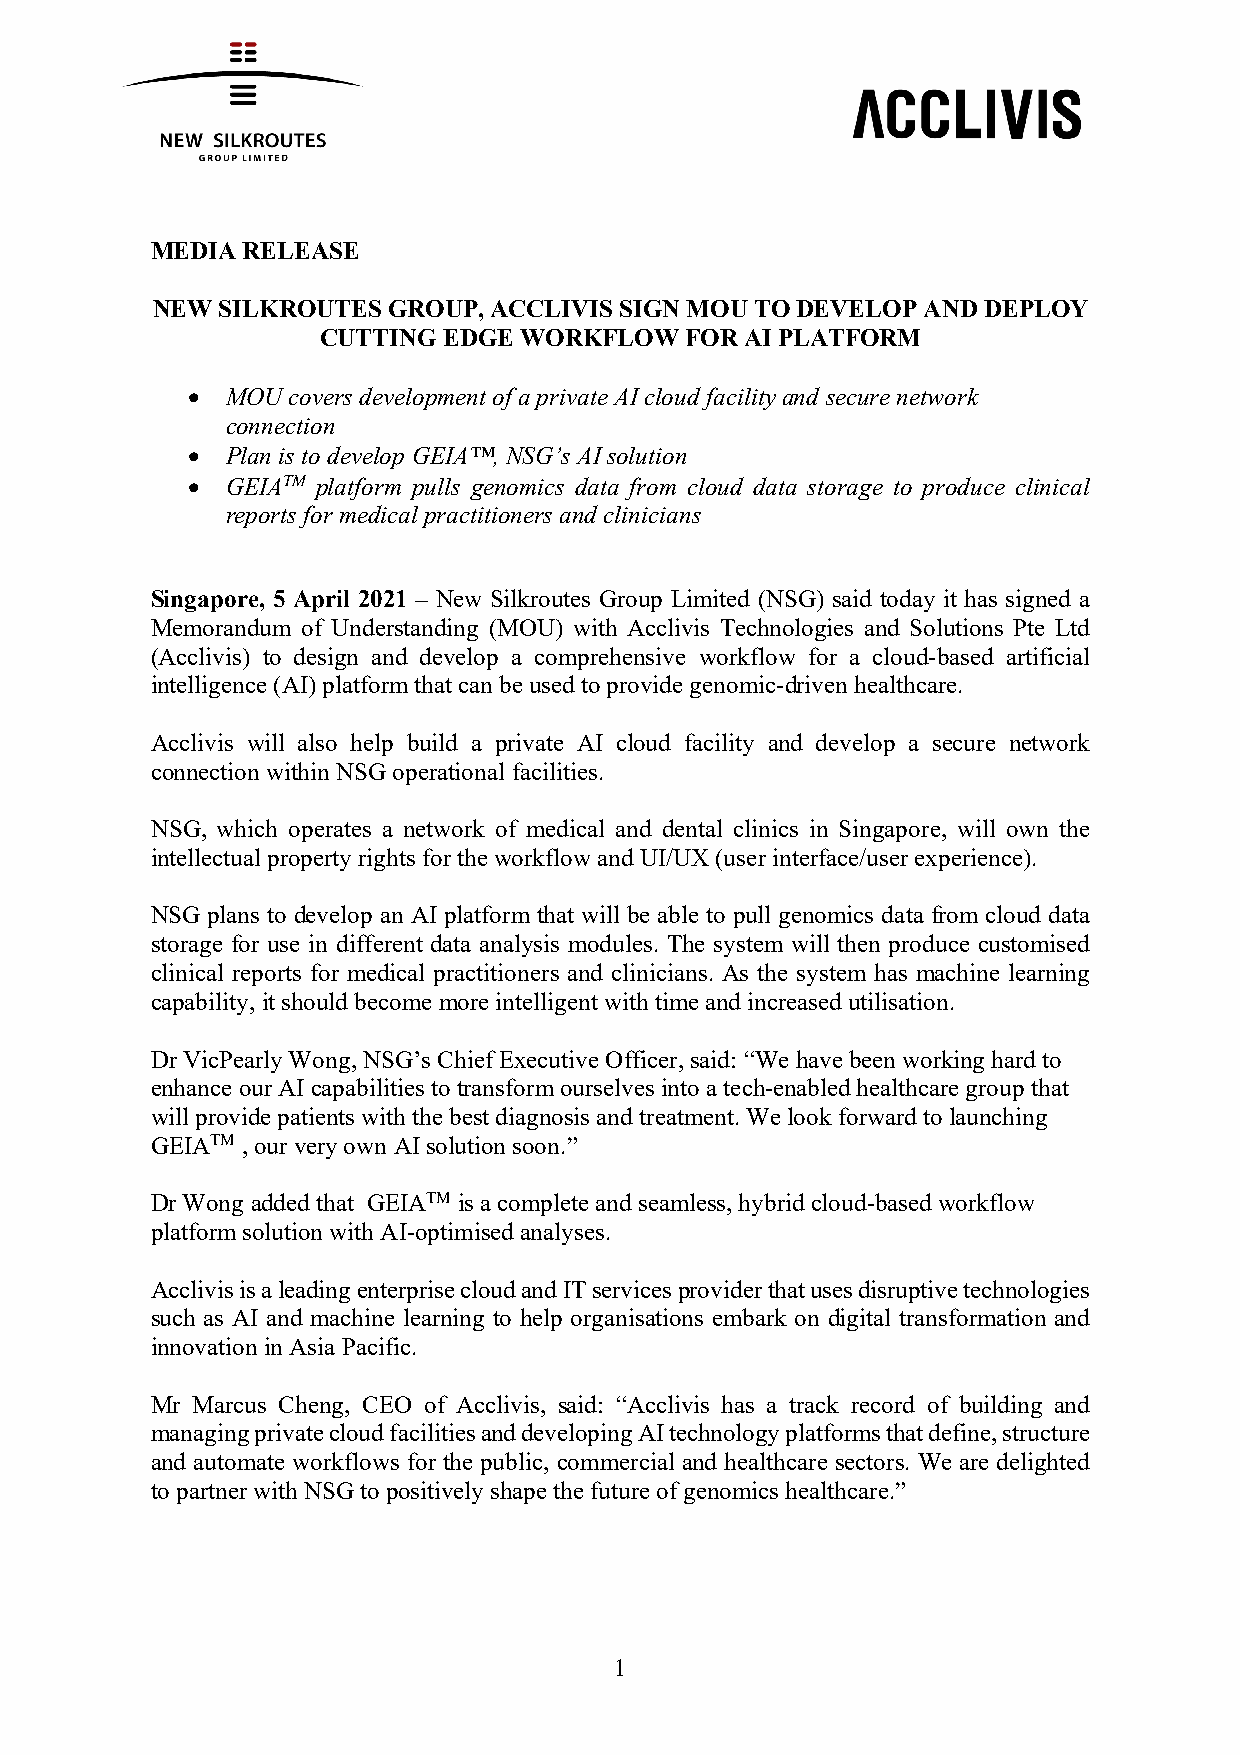
MEDIA RELEASE
 NEW SILKROUTES  GROUP, ACCLIVIS SIGN MOU TO DEVELOP AND DEPLOY
 CUTTING EDGE WORKFLOW   FOR AI PLATFORM
 •  MOU covers development of a private AI cloud facility and secure network
 connection
 •  Plan is to develop GEIA™, NSG’s AI solution
 •  GEIATM platform pulls genomics data from cloud data storage to produce clinical
 reports for medical practitioners and clinicians
 Singapore, 5 April 2021 – New Silkroutes Group Limited (NSG) said today it has signed a
 Memorandum of Understanding (MOU) with Acclivis Technologies and Solutions Pte Ltd
 (Acclivis) to design and develop a comprehensive workflow for a cloud-based artificial
 intelligence (AI) platform that can be used to provide genomic-driven healthcare.
 Acclivis will also help build a private AI cloud facility and develop a secure network
 connection within NSG operational facilities.
 NSG, which operates a network of medical and dental clinics in Singapore, will own the
 intellectual property rights for the workflow and UI/UX (user interface/user experience).
 NSG plans to develop an AI platform that will be able to pull genomics data from cloud data
 storage for use in different data analysis modules. The system will then produce customised
 clinical reports for medical practitioners and clinicians. As the system has machine learning
 capability, it should become more intelligent with time and increased utilisation.
 Dr VicPearly Wong, NSG’s Chief Executive Officer, said: “We have been working hard to
 enhance our AI capabilities to transform ourselves into a tech-enabled healthcare group that
 will provide patients with the best diagnosis and treatment. We look forward to launching
 GEIATM , our very own AI solution soon.”
 Dr Wong added that GEIATM is a complete and seamless, hybrid cloud-based workflow
 platform solution with AI-optimised analyses.
 Acclivis is a leading enterprise cloud and IT services provider that uses disruptive technologies
 such as AI and machine learning to help organisations embark on digital transformation and
 innovation in Asia Pacific.
 Mr Marcus Cheng, CEO of Acclivis, said: “Acclivis has a track record of building and
 managing private cloud facilities and developing AI technology platforms that define, structure
 and automate workflows for the public, commercial and healthcare sectors. We are delighted
 to partner with NSG to positively shape the future of genomics healthcare.”
 1